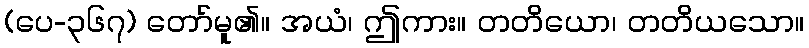
(ပေ-၃၆၇) တော်မူ၏။ အယံ၊ ဤကား။ တတိယော၊ တတိယသော။